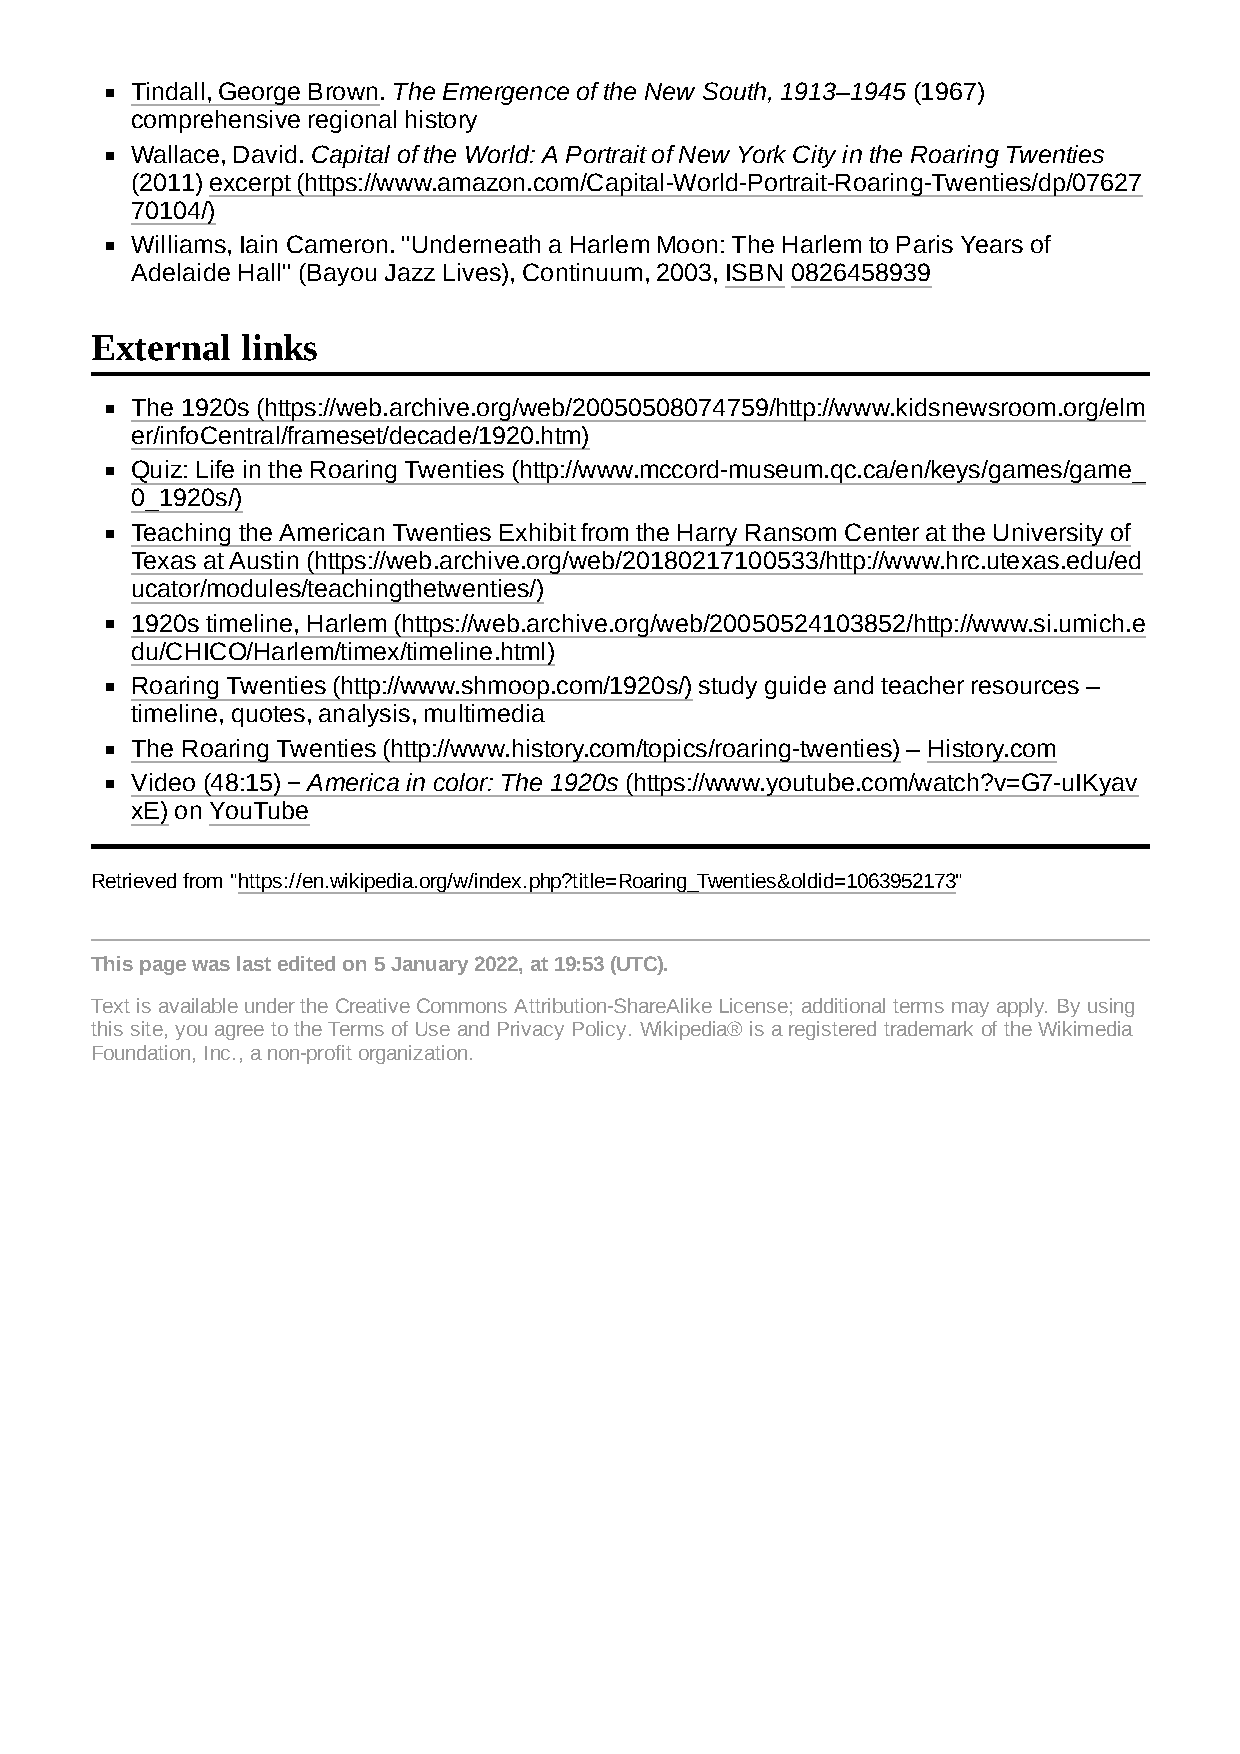
Tindall, George Brown. The Emergence of the New South, 1913–1945 (1967)
 comprehensive regional history
 Wallace, David. Capital of the World: A Portrait of New York City in the Roaring Twenties
 (2011) excerpt (https://www.amazon.com/Capital-World-Portrait-Roaring-Twenties/dp/07627
 70104/)
 Williams, Iain Cameron. "Underneath a Harlem Moon: The Harlem to Paris Years of
 Adelaide Hall" (Bayou Jazz Lives), Continuum, 2003, ISBN 0826458939
 External  links
 The 1920s (https://web.archive.org/web/20050508074759/http://www.kidsnewsroom.org/elm
 er/infoCentral/frameset/decade/1920.htm)
 Quiz: Life in the Roaring Twenties (http://www.mccord-museum.qc.ca/en/keys/games/game_
 0_1920s/)
 Teaching the American Twenties Exhibit from the Harry Ransom Center at the University of
 Texas at Austin (https://web.archive.org/web/20180217100533/http://www.hrc.utexas.edu/ed
 ucator/modules/teachingthetwenties/)
 1920s timeline, Harlem (https://web.archive.org/web/20050524103852/http://www.si.umich.e
 du/CHICO/Harlem/timex/timeline.html)
 Roaring Twenties (http://www.shmoop.com/1920s/) study guide and teacher resources –
 timeline, quotes, analysis, multimedia
 The Roaring Twenties (http://www.history.com/topics/roaring-twenties) – History.com
 Video (48:15) − America in color: The 1920s (https://www.youtube.com/watch?v=G7-uIKyav
 xE) on YouTube
 Retrieved from "https://en.wikipedia.org/w/index.php?title=Roaring_Twenties&oldid=1063952173"
 This page was last edited on 5 January 2022, at 19:53 (UTC).
 Text is available under the Creative Commons Attribution-ShareAlike License; additional terms may apply. By using
 this site, you agree to the Terms of Use and Privacy Policy. Wikipedia® is a registered trademark of the Wikimedia
 Foundation, Inc., a non-profit organization.